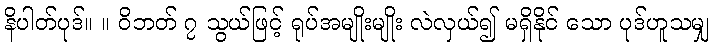
နိပါတ်ပုဒ်။ ။ ဝိဘတ် ၇ သွယ်ဖြင့် ရုပ်အမျိုးမျိုး လဲလှယ်၍ မရှိနိုင် သော ပုဒ်ဟူသမျှ